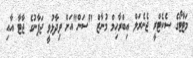
މަޓާޓޯގެ ސެކެޓްރީ ޖެނެރަލް އިބްރާހިމް މުނާޒް "ސަން"އަށް ވިދާޅުވީ ޖަޕާނުގެ ޖާޓާ އާއި